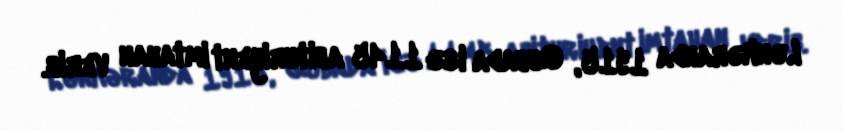
Lənkəranda 1915, Qubada isə 1145 abituriyent imtahan verib.